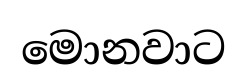
මොනවාට